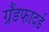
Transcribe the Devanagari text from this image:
ग्रैंडफादर्ड